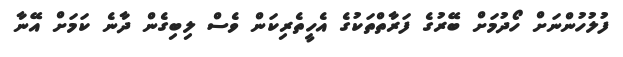
ފުލުހުންނަށް ހޯދުމަށް ބޭރުގެ ފަރާތްތަކުގެ އެހީތެރިކަން ވެސް ލިބިގެން ދާނެ ކަމަށް އޭނާ